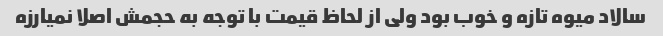
سالاد میوه تازه و خوب بود ولی از لحاظ قیمت با توجه به حجمش اصلا نمیارزه